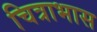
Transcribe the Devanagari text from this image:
चित्राभास